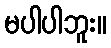
မပါပါဘူး။